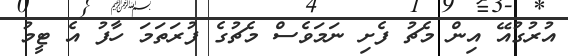
އުރުގުއޭ އިން މެޗު ފެށި ނަމަވެސް މެޗުގެ ފުރަތަމަ ހާފު އެ ޓީމު